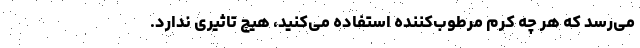
می‌رسد که هر چه کرم مرطوب‌کننده استفاده می‌کنید، هیچ تاثیری ندارد.